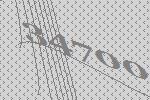
34700